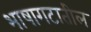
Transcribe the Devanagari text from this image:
भाषागटातील